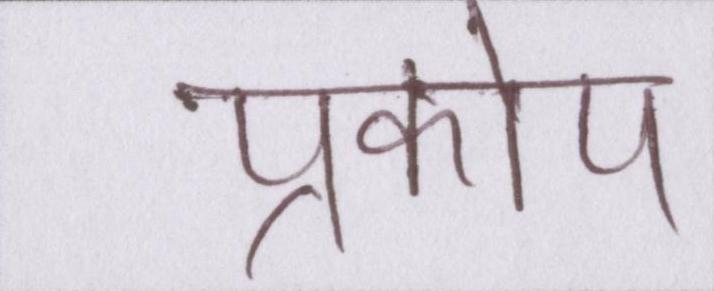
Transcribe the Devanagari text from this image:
प्रकोप